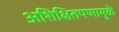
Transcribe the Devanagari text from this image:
अशिक्षितपणामुळे